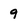
Character: 9